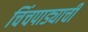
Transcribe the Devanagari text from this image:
चिंचपाड्याची